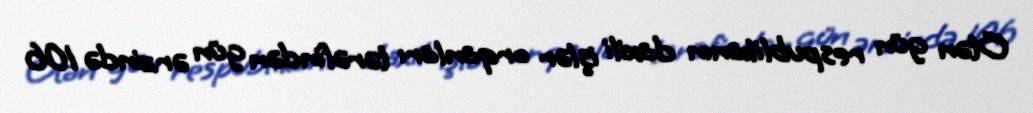
Ötən gün respublikanın daxili işlər orqanları tərəfindən gün ərzində 106